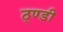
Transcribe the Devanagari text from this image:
ठ्ण्डी